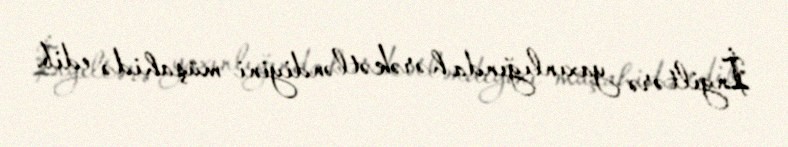
İngiltərə yaxınlığında hərəkətləndiyini müşahidə edib.